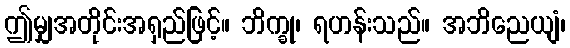
ဤမျှအတိုင်းအရှည်ဖြင့်။ ဘိက္ခု၊ ရဟန်းသည်။ အဘိညေယျံ၊